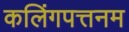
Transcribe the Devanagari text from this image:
कलिंगपत्तनम